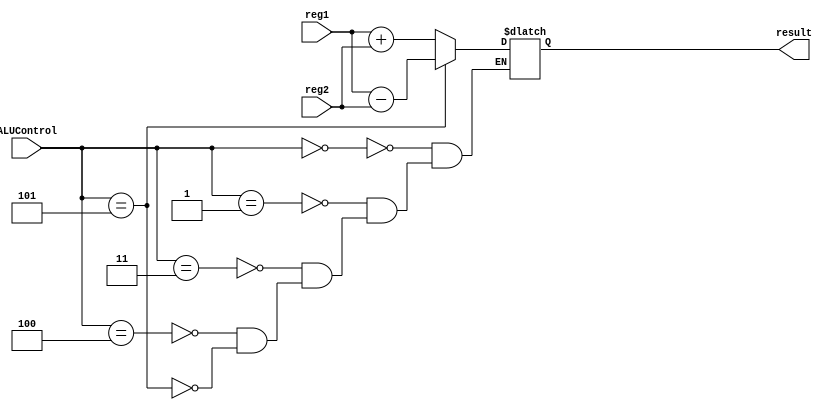
`timescale 1ns / 1ps
//////////////////////////////////////////////////////////////////////////////////
// Company: 
// Engineer: 
// 
// Design Name: 
// Module Name: Alu
// Project Name: 
// Target Devices: 
// Tool Versions: 
// Description: 
// 
// Dependencies: 
// 
// Revision:
// Revision 0.01 - File Created
// Additional Comments:
// 
//////////////////////////////////////////////////////////////////////////////////


module Alu (reg1, reg2,ALUControl, result);
  
  input [7:0] reg1;
  input [7:0] reg2;
  input [2:0] ALUControl;
  output reg [7:0] result;
    always @(*)
		begin
			casex (ALUControl)
			    3'b000:
			         result = reg1 + reg2;
			    3'b001:
			         result = reg1 + reg2;
				3'b011:  
					result = reg1 + reg2;
				3'b100:
				    result = reg1 + reg2;
				3'b101:  
					result = reg1 - reg2;
			endcase
		end
endmodule